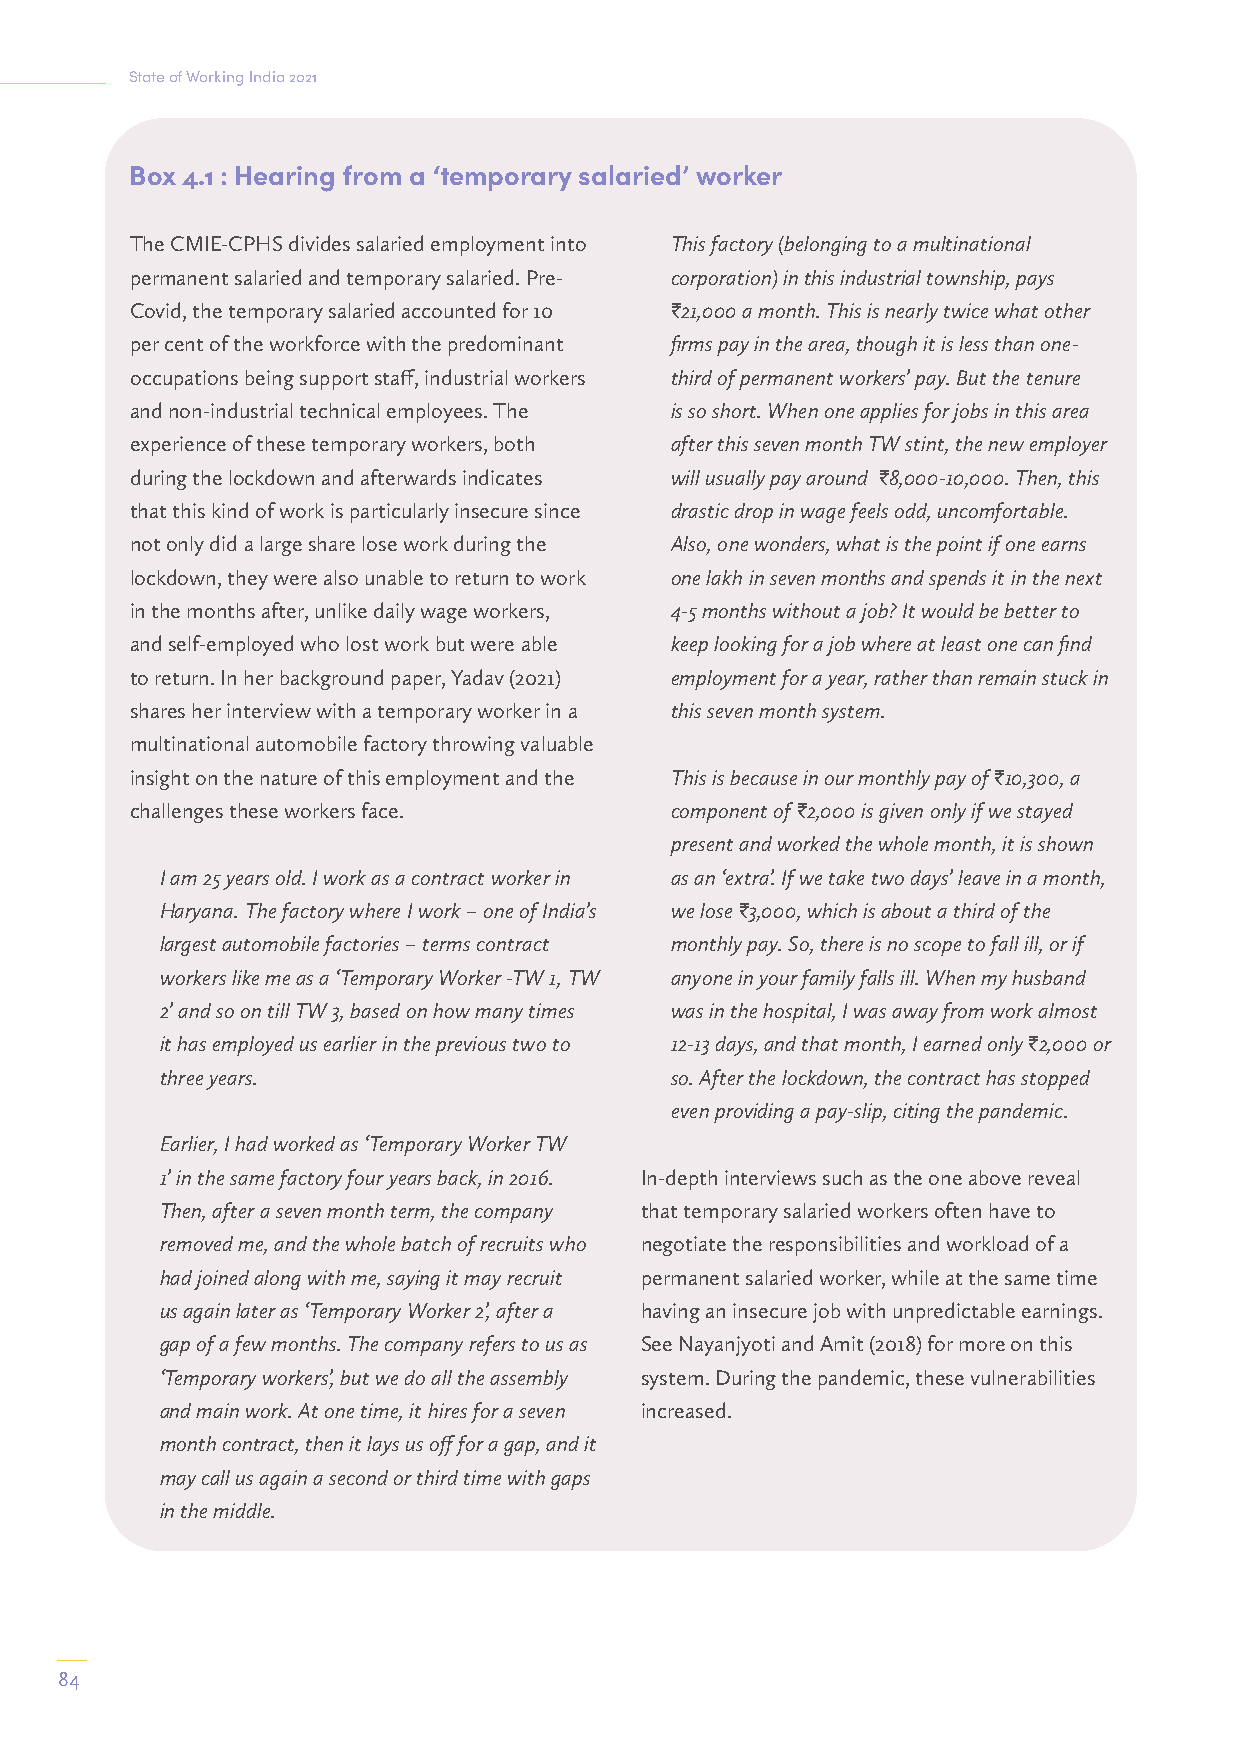
State of Working India 2021
 Box 4.1 : Hearing from a ‘temporary salaried’ worker
 The CMIE-CPHS divides salaried employment into This factory (belonging to a multinational
 permanent salaried and temporary salaried. Pre- corporation) in this industrial township, pays
 Covid, the temporary salaried accounted for 10 I21,000 a month. This is nearly twice what other
 per cent of the workforce with the predominant firms pay in the area, though it is less than one-
 occupations being support staff, industrial workers third of permanent workers’ pay. But the tenure
 and non-industrial technical employees. The is so short. When one applies for jobs in this area
 experience of these temporary workers, both after this seven month TW stint, the new employer
 during the lockdown and afterwards indicates will usually pay around I8,000-10,000. Then, this
 that this kind of work is particularly insecure since drastic drop in wage feels odd, uncomfortable.
 not only did a large share lose work during the Also, one wonders, what is the point if one earns
 lockdown, they were also unable to return to work one lakh in seven months and spends it in the next
 in the months after, unlike daily wage workers, 4-5 months without a job? It would be better to
 and self-employed who lost work but were able keep looking for a job where at least one can find
 to return. In her background paper, Yadav (2021) employment for a year, rather than remain stuck in
 shares her interview with a temporary worker in a this seven month system.
 multinational automobile factory throwing valuable
 insight on the nature of this employment and the This is because in our monthly pay of I10,300, a
 challenges these workers face.     component of I2,000 is given only if we stayed
 present and worked the whole month, it is shown
 I am 25 years old. I work as a contract worker in as an ‘extra’. If we take two days’ leave in a month,
 Haryana. The factory where I work – one of India’s we lose I3,000, which is about a third of the
 largest automobile factories – terms contract monthly pay. So, there is no scope to fall ill, or if
 workers like me as a ‘Temporary Worker -TW 1, TW anyone in your family falls ill. When my husband
 2’ and so on till TW 3, based on how many times was in the hospital, I was away from work almost
 it has employed us earlier in the previous two to 12-13 days, and that month, I earned only I2,000 or
 three years.                     so. After the lockdown, the contract has stopped
 even providing a pay-slip, citing the pandemic.
 Earlier, I had worked as ‘Temporary Worker TW
 1’ in the same factory four years back, in 2016. In-depth interviews such as the one above reveal
 Then, after a seven month term, the company that temporary salaried workers often have to
 removed me, and the whole batch of recruits who negotiate the responsibilities and workload of a
 had joined along with me, saying it may recruit permanent salaried worker, while at the same time
 us again later as ‘Temporary Worker 2’, after a having an insecure job with unpredictable earnings.
 gap of a few months. The company refers to us as See Nayanjyoti and Amit (2018) for more on this
 ‘Temporary workers’, but we do all the assembly system. During the pandemic, these vulnerabilities
 and main work. At one time, it hires for a seven increased.
 month contract, then it lays us off for a gap, and it
 may call us again a second or third time with gaps
 in the middle.
 84